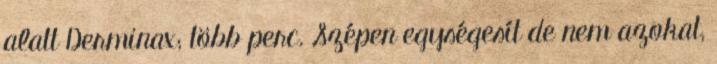
alatt Derminax; több perc. Szépen egységesít de nem azokat,